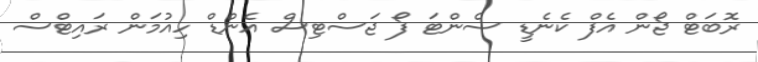
ރޮބަޓް ޖޯން އެފް ކެނެޑީ ސެންޓަ ފޯ ޖަސްޓިސް އެންޑް ހިއުމަން ރައިޓްސް